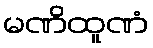
မဏိထူဏံ